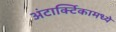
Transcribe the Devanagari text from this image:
अंटार्क्टिकामध्ये